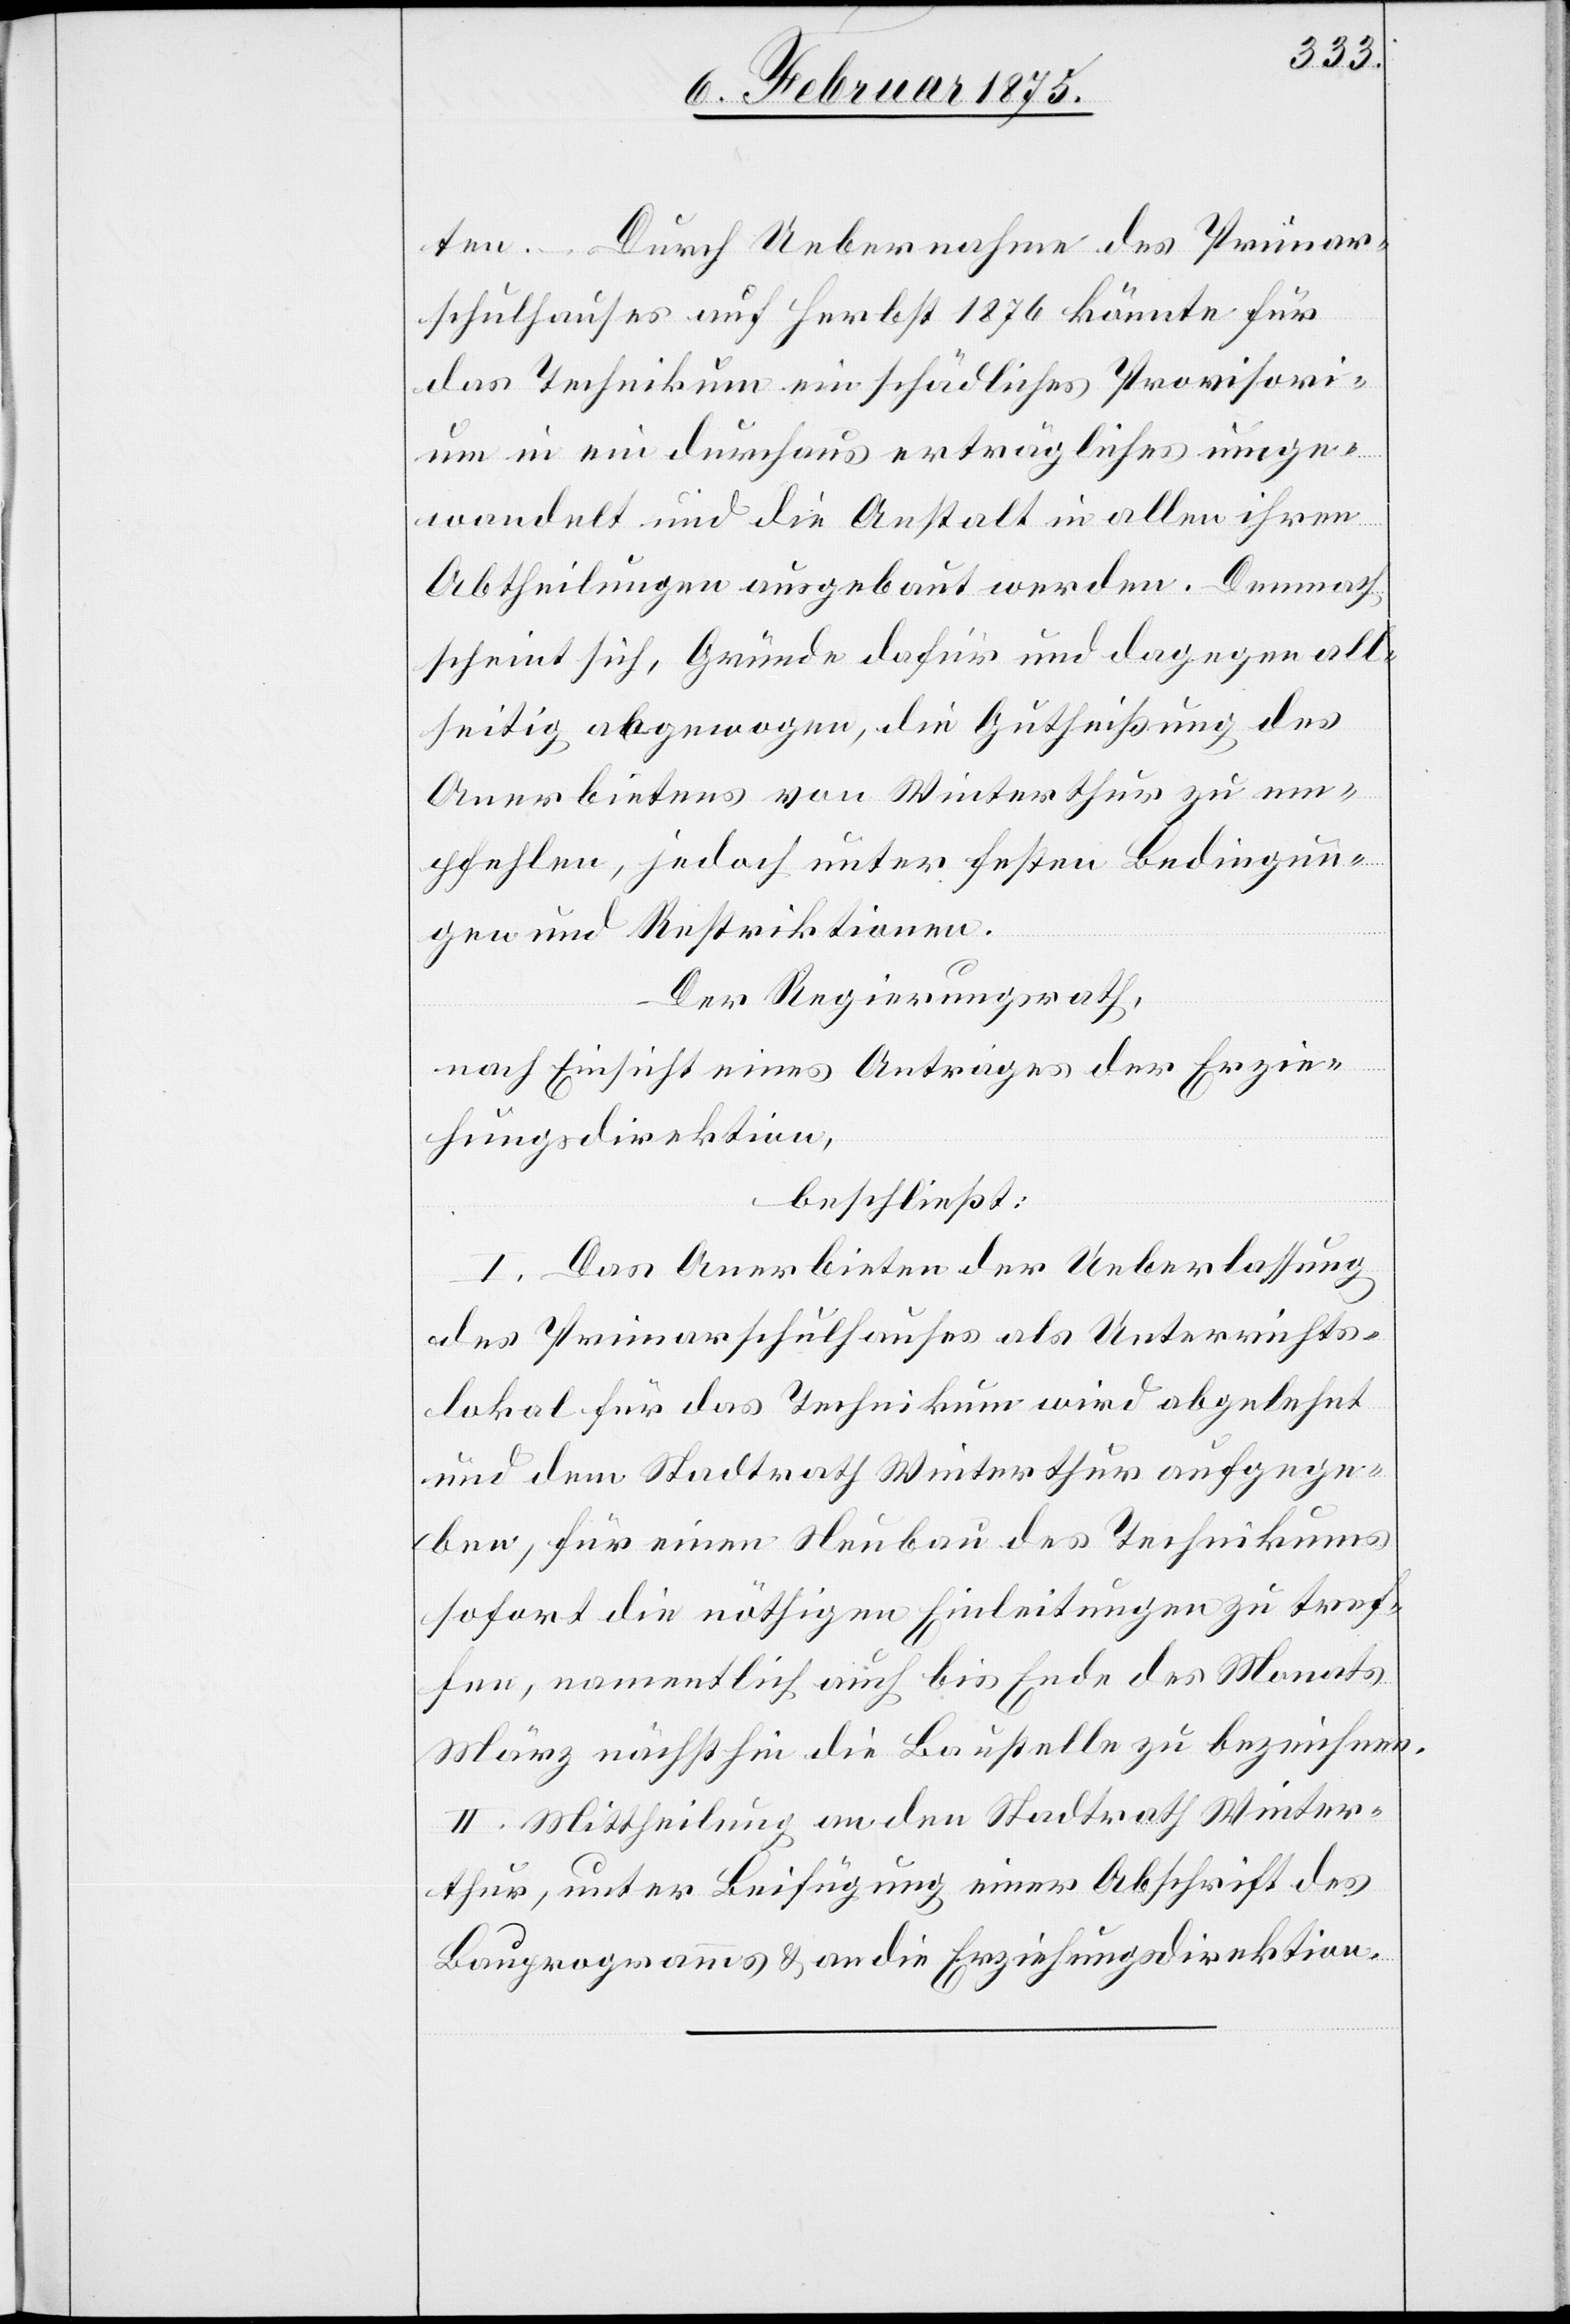
ten. – Durch Uebernahme des Primar¬
schulhauses auf Herbst 1876 könnte für
das Technikum ein schädliches Provisori¬
um in ein durchaus erträgliches umge¬
wandelt und die Anstalt in allen ihren
Abtheilungen ausgebaut werden. Demnach
scheint sich, Grunde dafür und dagegen all¬
seitig abgewogen, die Gutheißung des
Anerbietens von Winterthur zu em¬
pfehlen, jedoch unter festen Bedingun¬
gen und Restriktionen.
Der Regierungsrath,
nach Einsicht eines Antrages der Erzie¬
hungsdirektion,
beschließt:
I. Das Anerbieten der Ueberlassung
des Primarschulhauses als Unterrichts¬
lokal für das Technikum wird abgelehnt
und dem Stadtrath Winterthur aufgege¬
ben, für einen Neubau des Technikums
sofort die nöthigen Einleitungen zu tref¬
fen, namentlich auch bis Ende des Monats
März nächsthin die Baustelle zu bezeichnen.
II. Mittheilung an den Stadtrath Winter¬
thur, unter Beifügung einer Abschrift des
Bauprogramms & an die Erziehungsdirektion.